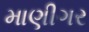
માણીગર